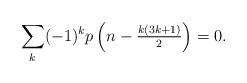
LaTeX: \begin{align*}\sum_{k}(-1)^k p \left(n-\tfrac{k(3k+1)}{2}\right)=0.\end{align*}